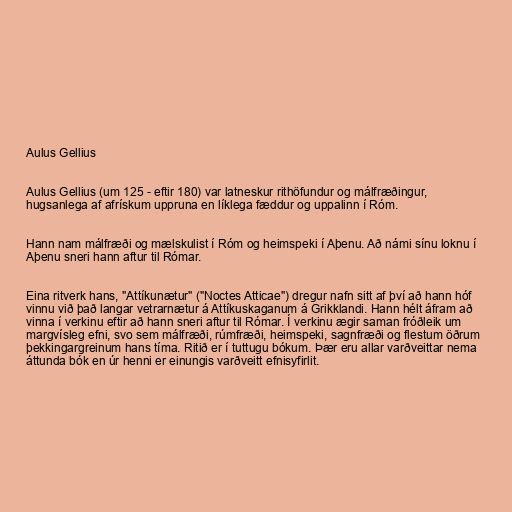
Aulus Gellius

Aulus Gellius (um 125 - eftir 180) var latneskur rithöfundur og málfræðingur,
hugsanlega af afrískum uppruna en líklega fæddur og uppalinn í Róm.

Hann nam málfræði og mælskulist í Róm og heimspeki í Aþenu. Að námi sínu loknu í
Aþenu sneri hann aftur til Rómar.

Eina ritverk hans, "Attíkunætur" ("Noctes Atticae") dregur nafn sitt af því að hann hóf
vinnu við það langar vetrarnætur á Attíkuskaganum á Grikklandi. Hann hélt áfram að
vinna í verkinu eftir að hann sneri aftur til Rómar. Í verkinu ægir saman fróðleik um
margvísleg efni, svo sem málfræði, rúmfræði, heimspeki, sagnfræði og flestum öðrum
þekkingargreinum hans tíma. Ritið er í tuttugu bókum. Þær eru allar varðveittar nema
áttunda bók en úr henni er einungis varðveitt efnisyfirlit.